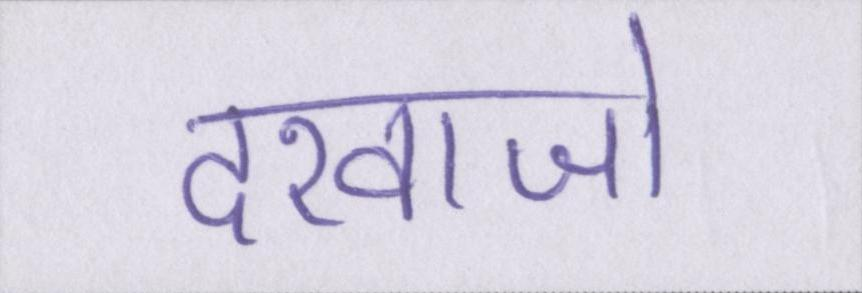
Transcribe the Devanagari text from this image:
दरवाजो